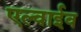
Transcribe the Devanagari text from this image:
एल्वाईव